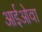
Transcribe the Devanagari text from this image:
आईओवा